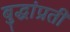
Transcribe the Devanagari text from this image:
बुद्धांप्रती